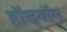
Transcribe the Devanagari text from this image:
हॉलबॉम